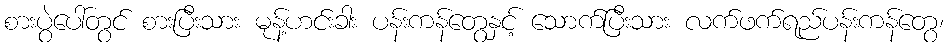
စားပွဲပေါ်တွင် စားပြီးသား မုန့်ဟင်းခါး ပန်းကန်တွေနှင့် သောက်ပြီးသား လက်ဖက်ရည်ပန်းကန်တွေ၊